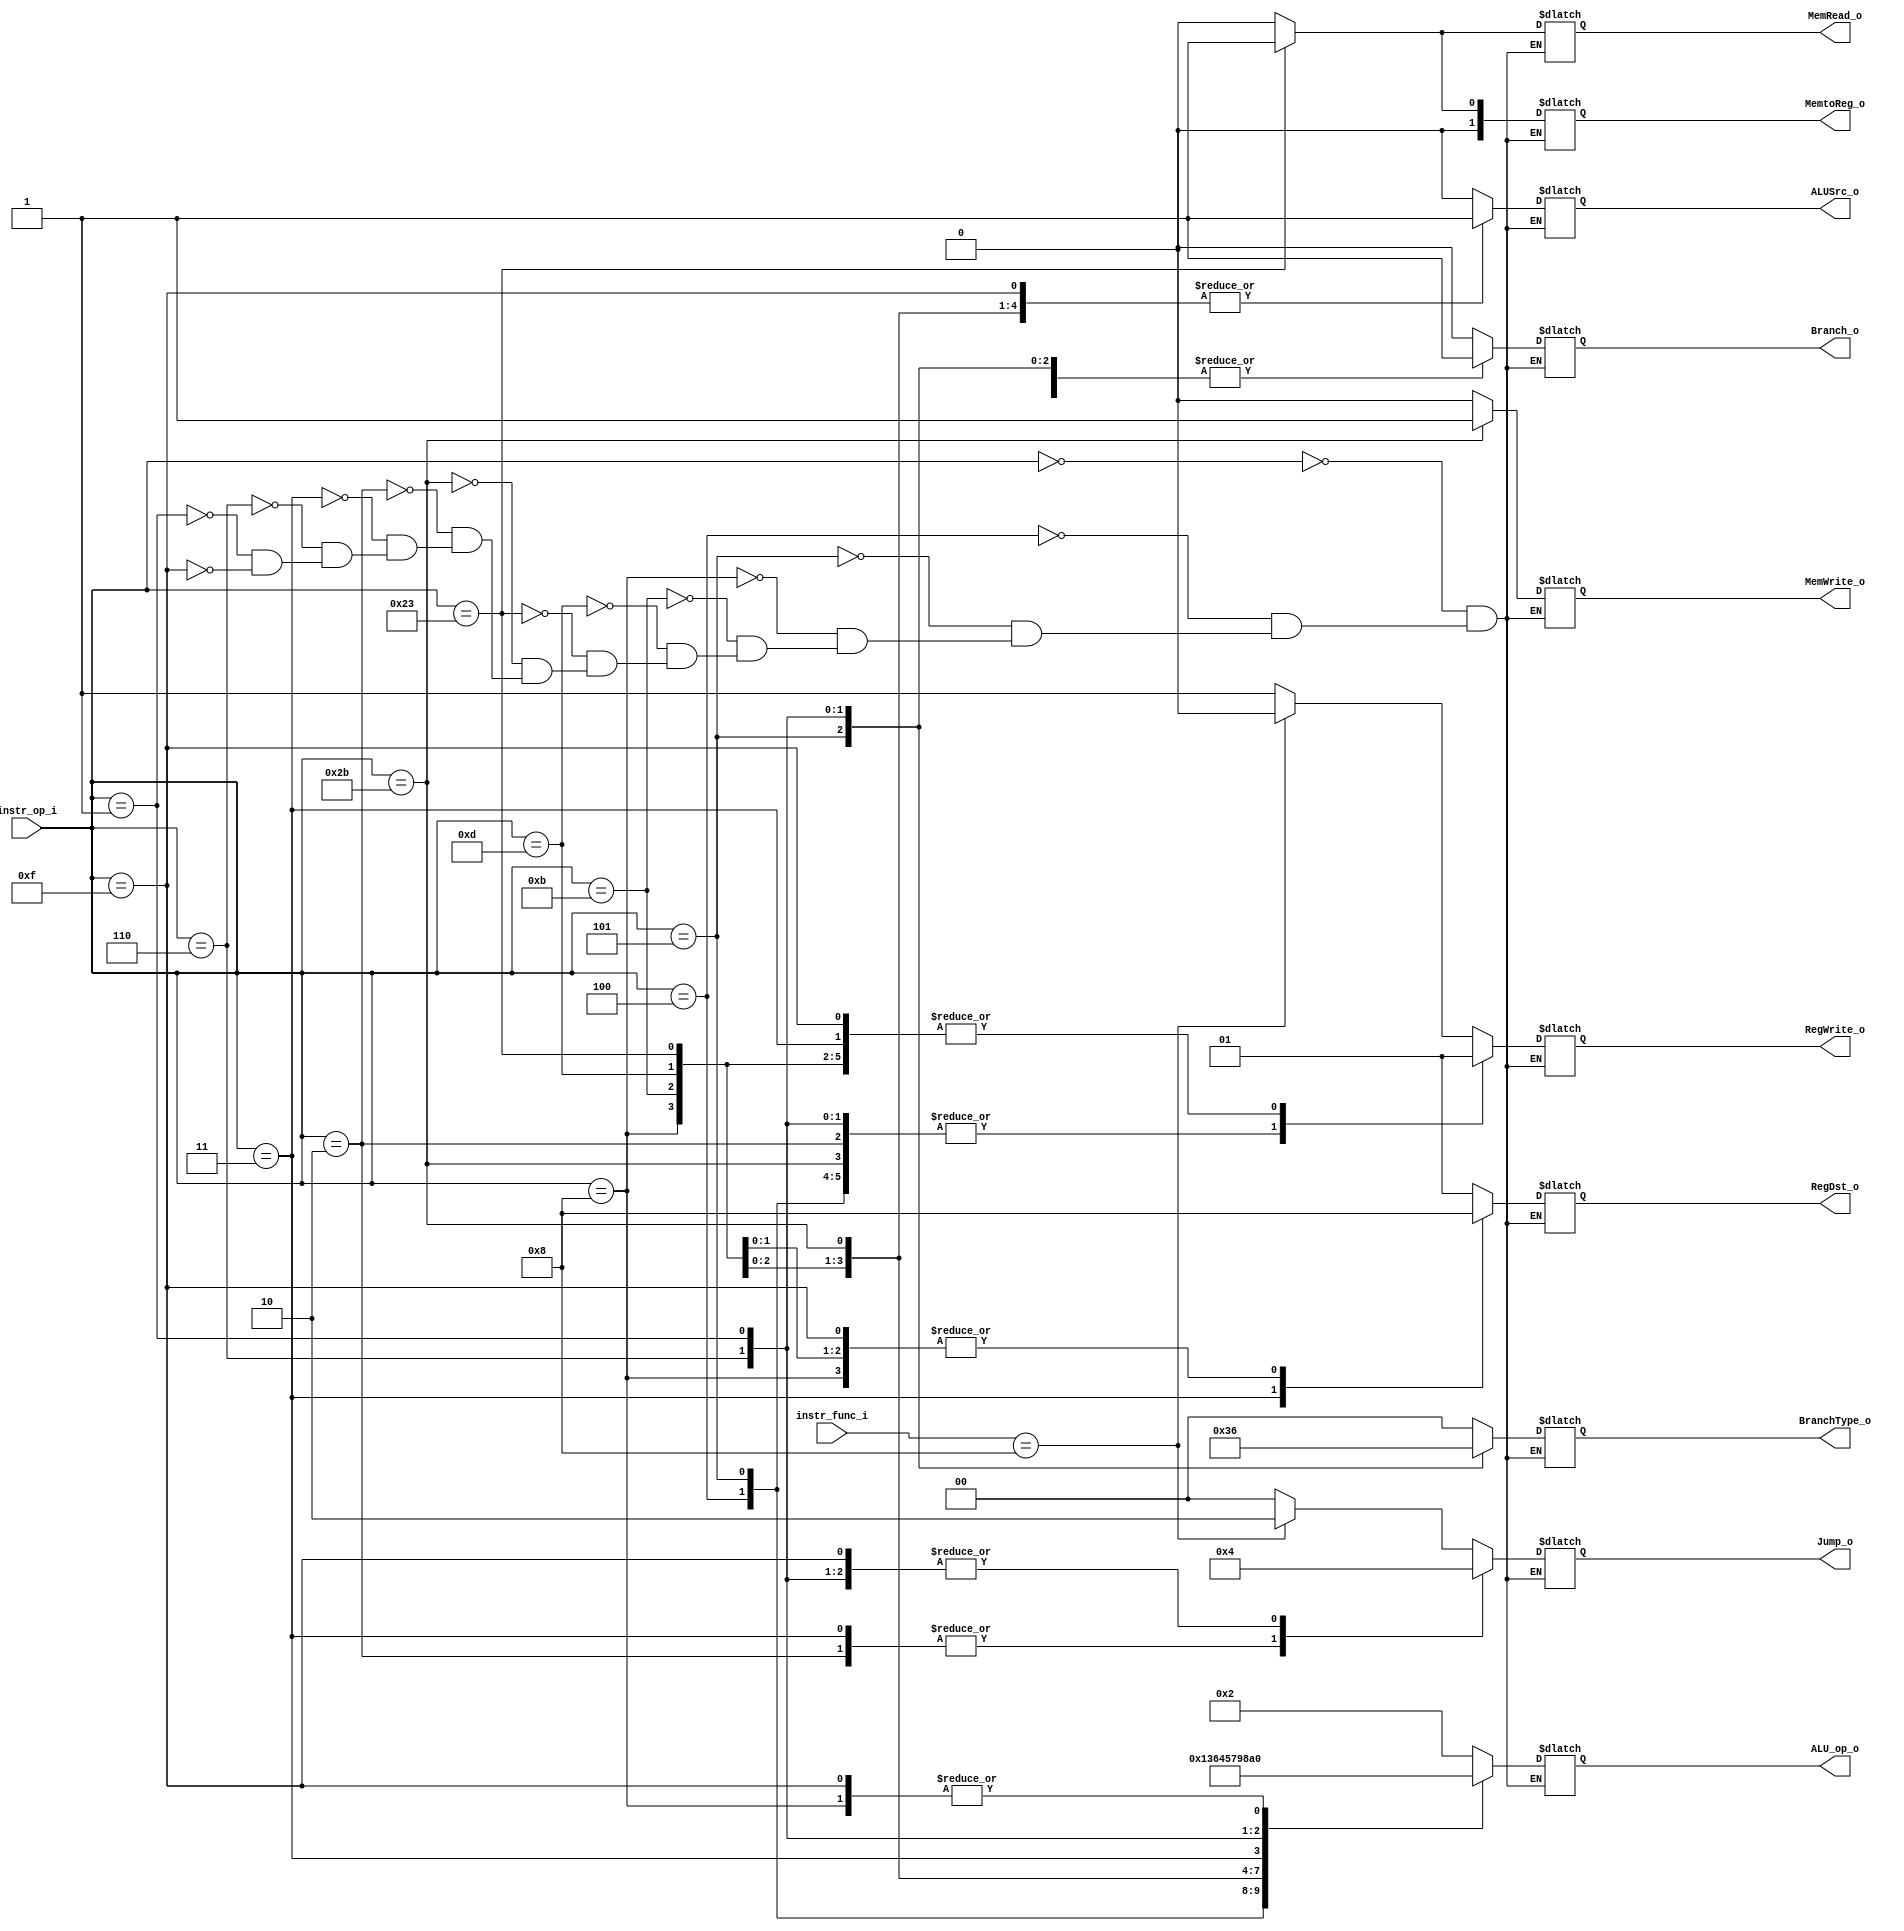
//Subject:     CO project 3 - Decoder
//--------------------------------------------------------------------------------
//Version:     2.0
//--------------------------------------------------------------------------------
//Writer:      0616077 0616091
//----------------------------------------------
//----------------------------------------------
//Description: ALU_Decoder
//--------------------------------------------------------------------------------

module Decoder(
    instr_op_i,
    instr_func_i,   //use to distinguish jr instruction
    RegWrite_o,
    ALU_op_o,
    ALUSrc_o,
    RegDst_o,
    Branch_o,
    Jump_o,
    MemRead_o,
    MemWrite_o,
    MemtoReg_o,
    BranchType_o
    );
     
//I/O ports
input  [6-1:0] instr_op_i;
input  [6-1:0] instr_func_i;

output reg         RegWrite_o;
output reg [4-1:0] ALU_op_o;
output reg         ALUSrc_o;
output reg [2-1:0] RegDst_o; //2:jal
output reg         Branch_o;
output reg [2-1:0] Jump_o; //0:branch 1:j jal 2:jr
output reg         MemRead_o;
output reg         MemWrite_o;
output reg [2-1:0] MemtoReg_o;
output reg [2-1:0] BranchType_o; //0:beq 1:ble 2:bltz 3:bne bnez
 
//Internal Signals

//Parameter

//Main function
always @ (*)
begin
    case (instr_op_i)
        //R-type
        //add, sub, and, or, slt, sra, srav, jr, mul
        6'b000000:
        begin
            if (instr_func_i == 6'b001000) // jr
            begin
                RegWrite_o <= 0;
                ALU_op_o <= 4'bxxxx;
                ALUSrc_o <= 1'bx;
                RegDst_o <= 2'bxx;
                Branch_o <= 0;
                Jump_o <= 2'b10;
                MemRead_o <= 0;
                MemWrite_o <= 0;
                MemtoReg_o <= 2'bxx;
                BranchType_o <= 2'bxx;
            end
            else // R-type
            begin
                RegWrite_o <= 1;
                ALU_op_o <= 4'b0010;
                ALUSrc_o <= 0;
                RegDst_o <= 2'b01;
                Branch_o <= 0;
                Jump_o <= 2'b00;
                MemRead_o <= 0;
                MemWrite_o <= 0;
                MemtoReg_o <= 0;
                BranchType_o <= 2'bxx;
            end
        end
        
        //I-type
        //beq
        6'b000100:
        begin
            RegWrite_o <= 0;
            ALU_op_o <= 4'b0001;
            ALUSrc_o <= 0;
            RegDst_o <= 2'bxx;
            Branch_o <= 1;
            Jump_o <= 2'b00;
            MemRead_o <= 0;
            MemWrite_o <= 0;
            MemtoReg_o <= 2'bxx;
            BranchType_o <= 2'b00;
        end
        //bne bnez
        6'b000101:
        begin
            RegWrite_o <= 0;
            ALU_op_o <= 4'b0011;
            ALUSrc_o <= 0;
            RegDst_o <= 2'bxx;
            Branch_o <= 1;
            Jump_o <= 2'b00;
            MemRead_o <= 0;
            MemWrite_o <= 0;
            MemtoReg_o <= 2'bxx;
            BranchType_o <= 2'b11;
        end
        //addi
        6'b001000:
        begin
            RegWrite_o <= 1;
            ALU_op_o <= 4'b0000;
            ALUSrc_o <= 1;
            RegDst_o <= 2'b00;
            Branch_o <= 0;
            Jump_o <= 2'b00;
            MemRead_o <= 0;
            MemWrite_o <= 0;
            MemtoReg_o <= 0;
            BranchType_o <= 2'bxx;
        end
        //sltiu
        6'b001011:
        begin
            RegWrite_o <= 1;
            ALU_op_o <= 4'b0110;
            ALUSrc_o <= 1;
            RegDst_o <= 2'b01;
            Branch_o <= 0;
            Jump_o <= 2'b00;
            MemRead_o <= 0;
            MemWrite_o <= 0;
            MemtoReg_o <= 0;
            BranchType_o <= 2'bxx;
        end

        //ori
        6'b001101:
        begin
            RegWrite_o <= 1;
            ALU_op_o <= 4'b0100;
            ALUSrc_o <= 1;
            RegDst_o <= 2'b00;
            Branch_o <= 0;
            Jump_o <= 2'b00;
            MemRead_o <= 0;
            MemWrite_o <= 0;
            MemtoReg_o <= 0;
            BranchType_o <= 2'bxx;
        end

        //lw
        6'b100011:
        begin
            RegWrite_o <= 1;
            ALU_op_o <= 4'b0101;
            ALUSrc_o <= 1;
            RegDst_o <= 2'b00;
            Branch_o <= 0;
            Jump_o <= 2'b00;
            MemRead_o <= 1;
            MemWrite_o <= 0;
            MemtoReg_o <= 1;
            BranchType_o <= 2'bxx;
        end

        //sw
        6'b101011:
        begin
            RegWrite_o <= 0;
            ALU_op_o <= 4'b0111;
            ALUSrc_o <= 1;
            RegDst_o <= 2'bxx;
            Branch_o <= 0;
            Jump_o <= 2'b00;
            MemRead_o <= 0;
            MemWrite_o <= 1;
            MemtoReg_o <= 2'bxx;
            BranchType_o <= 2'bxx;
        end

        //jump
        6'b000010:
        begin
            RegWrite_o <= 0;
            ALU_op_o <= 4'bxxxx;
            ALUSrc_o <= 0;
            RegDst_o <= 2'bxx;
            Branch_o <= 0;
            Jump_o <= 2'b01;
            MemRead_o <= 0;
            MemWrite_o <= 0;
            MemtoReg_o <= 2'bxx;
            BranchType_o <= 2'bxx;
        end

        //jump and link
        6'b000011:
        begin
            RegWrite_o <= 1;
            ALU_op_o <= 4'b1001;
            ALUSrc_o <= 0;
            RegDst_o <= 2'b10;
            Branch_o <= 0;
            Jump_o <= 2'b01;
            MemRead_o <= 0;
            MemWrite_o <= 0;
            MemtoReg_o <= 0;
            BranchType_o <= 2'bxx;
        end

        //ble
        6'b000110:
        begin
            RegWrite_o <= 0;
            ALU_op_o <= 4'b1000;
            ALUSrc_o <= 0;
            RegDst_o <= 2'bxx;
            Branch_o <= 1;
            Jump_o <= 2'b00;
            MemRead_o <= 0;
            MemWrite_o <= 0;
            MemtoReg_o <= 2'bxx;
            BranchType_o <= 2'b01;
        end

        //bltz
        6'b000001:
        begin
            RegWrite_o <= 0;
            ALU_op_o <= 4'b1010;
            ALUSrc_o <= 0;
            RegDst_o <= 2'bxx;
            Branch_o <= 1;
            Jump_o <= 2'b00;
            MemRead_o <= 0;
            MemWrite_o <= 0;
            MemtoReg_o <= 2'bxx;
            BranchType_o <= 2'b10;
        end

        //li
        6'b001111:
        begin
            RegWrite_o <= 1;
            ALU_op_o <= 4'b0000;
            ALUSrc_o <= 1;
            RegDst_o <= 2'b00;
            Branch_o <= 0;
            Jump_o <= 2'b00;
            MemRead_o <= 0;
            MemWrite_o <= 0;
            MemtoReg_o <= 0;
            BranchType_o <= 2'bxx;
        end        
    endcase
end
endmodule